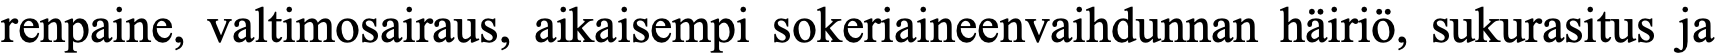
renpaine, valtimosairaus, aikaisempi sokeriaineenvaihdunnan häiriö, sukurasitus ja